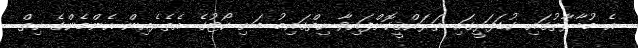
އެ މުބާރާތުގައި ކުޑަފަރީގައި ތަރައްޤީކޮށްފައިވާ ހިތްގައިމު ބަށި ކޯޓުގެ އެތެރެއިން އެންމެންގެ ހިތް